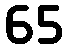
65